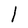
Character: l